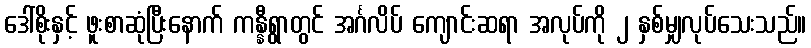
ဒေါ်စိုးနှင့် ဖူးစာဆုံပြီးနောက် ကန္နီရွာတွင် အင်္ဂလိပ် ကျောင်းဆရာ အလုပ်ကို ၂ နှစ်မျှလုပ်သေးသည်။